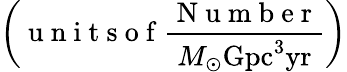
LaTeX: \left(\mathrm{~u~n~i~t~s~o~f~}\frac{\mathrm{~N~u~m~b~e~r~}}{M_{\odot}\mathrm{{Gpc^{3}}\mathrm{{yr}}}}\right)